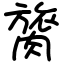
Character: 膐